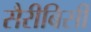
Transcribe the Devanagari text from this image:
सैरीबिसी